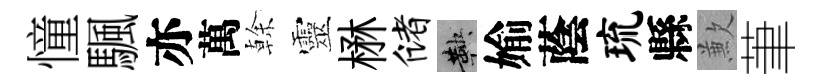
憧颿亦萬𠏉靈楙储鞅媮蔭琉縣歉茟